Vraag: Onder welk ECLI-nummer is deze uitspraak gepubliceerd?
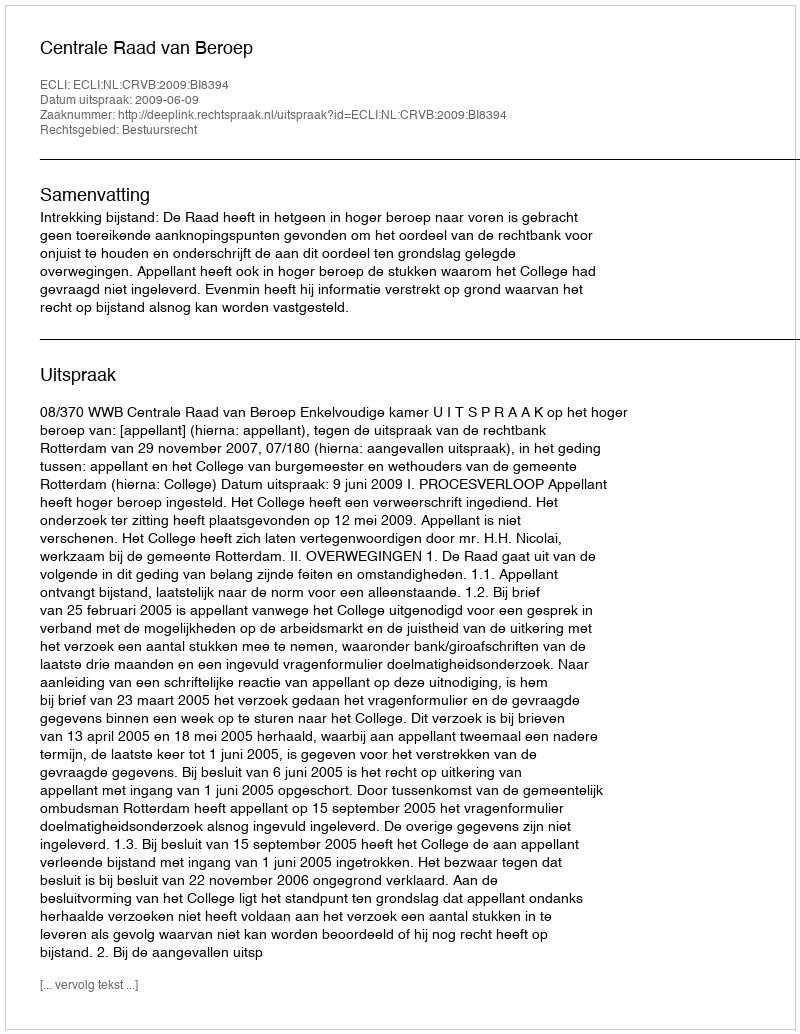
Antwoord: ECLI:NL:CRVB:2009:BI8394